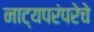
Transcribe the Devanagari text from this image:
नाट्यपरंपरेचे